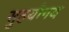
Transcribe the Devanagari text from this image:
सुहयोगय